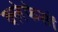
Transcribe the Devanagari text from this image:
क्लेफेसों